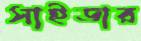
সাইডার